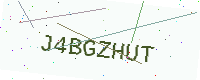
Text: J4BGZHUT